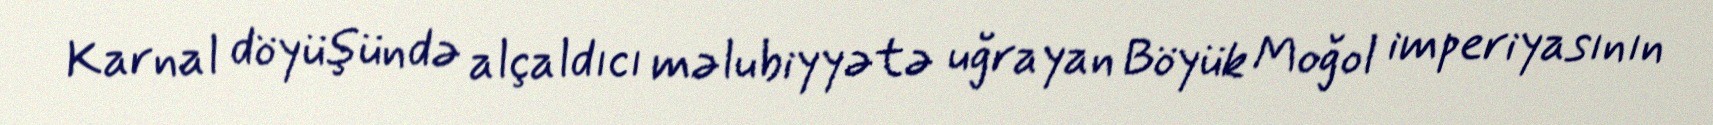
Karnal döyüşündə alçaldıcı məlubiyyətə uğrayan Böyük Moğol imperiyasının